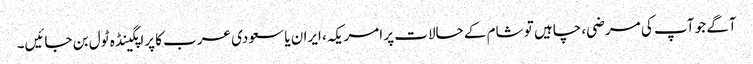
آگے جو آپ کی مرضی، چاہیں تو شام کے حالات پر امریکہ، ایران یا سعودی عرب کا پراپگینڈہ ٹول بن جائیں۔